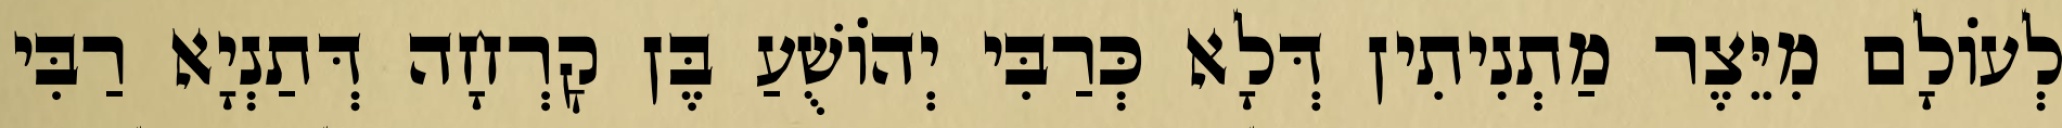
לְעוֹלָם מִיֵּצֶר מַתְנִיתִין דְּלָא כְּרַבִּי יְהוֹשֻׁעַ בֶּן קׇרְחָה דְּתַנְיָא רַבִּי